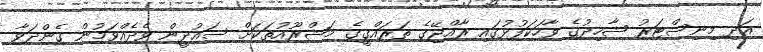
އަދި މިނިސްޓަރު ޝާހިދުގެ ވާހަކަފުޅުގައި ރާއްޖޭގެ ތަރައްގީގެ މަޝްރޫއުތަކަށް ސައުދީން ވެދެއްވަމުން ގެންދަވާ